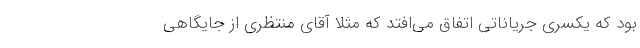
بود که یکسری جریاناتی اتفاق می‌افتد که مثلا آقای منتظری از جایگاهی